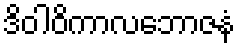
ဒိဝါဝိကာလဘောဇနံ